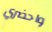
واحضري